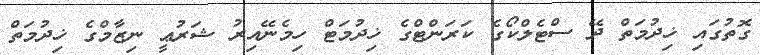
ގޮތުގައި ޚިދުމަތް ދޭ ސްޓެލްކޯގެ ކަރަންޓްގެ ޚިދުމަޓް ހިމެނޭއިރު ޝަރުޢީ ނިޒާމްގެ ޚިދުމަތް